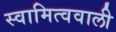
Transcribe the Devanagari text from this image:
स्वामित्ववाली